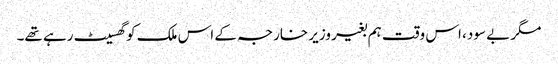
مگر بے سود، اس وقت ہم بغیر وزیر خارجہ کے اس ملک کو گھسیٹ رہے تھے۔